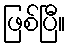
ဖြစ်ပြီ။